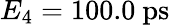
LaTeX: E_{4}=100.0~\mathrm{ps}